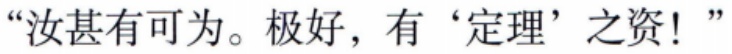
“汝甚有可为。极好，有 ‘定理’ 之资！”